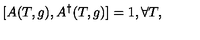
[ A ( T , g ) , A ^ { \dag } ( T , g ) ] = 1 , \forall T ,